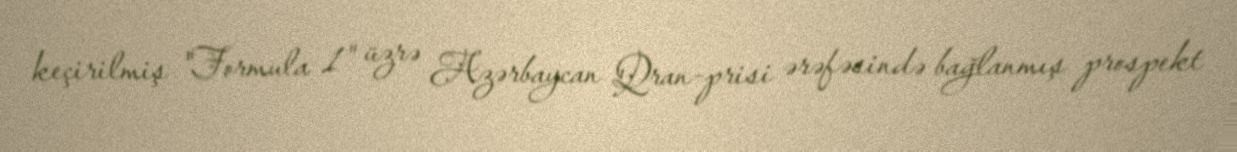
keçirilmiş "Formula 1" üzrə Azərbaycan Qran-prisi ərəfəsində bağlanmış prospekt